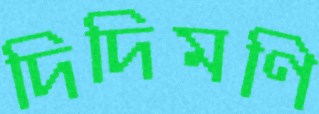
দিদিমণি